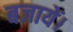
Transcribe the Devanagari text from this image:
बजायें।